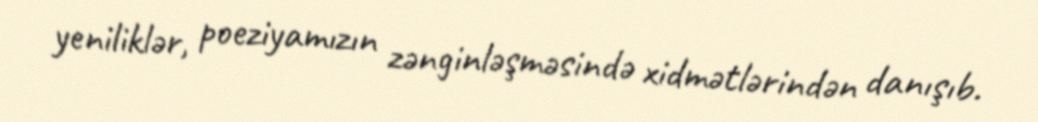
yeniliklər, poeziyamızın zənginləşməsində xidmətlərindən danışıb.